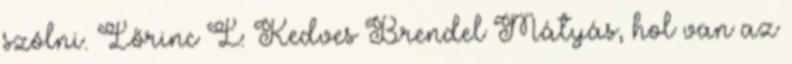
szólni. Lőrinc L: Kedves Brendel Mátyás, hol van az